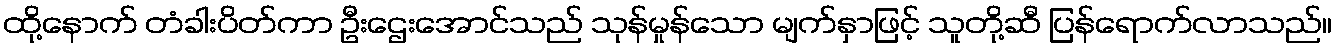
ထို့နောက် တံခါးပိတ်ကာ ဦးဌေးအောင်သည် သုန်မှုန်သော မျက်နှာဖြင့် သူတို့ဆီ ပြန်ရောက်လာသည်။